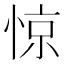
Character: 惊